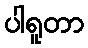
ပါရူတာ